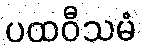
ပထဝီသမံ